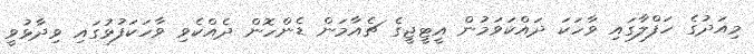
މިއަދުގެ ހަފްލާގައި ވާހަކަ ދައްކަވަމުން އީޓީޖީގެ ޗެއާމަން ޑެންހޮން ދެއްކެވި ވާހަކަފުޅުގައި ވިދާޅުވީ